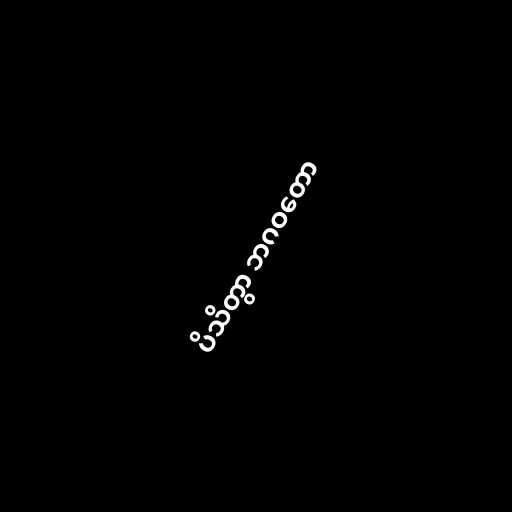
ပိသိတွာ ဘဂဝတော